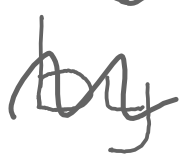
Text: by
Cross-out: wave
Writing tool: digital_gray